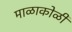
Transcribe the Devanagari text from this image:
माळाकोळी